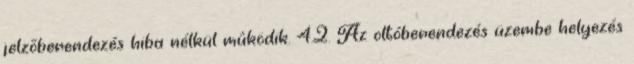
jelzõberendezés hiba nélkül mûködik. 4.2. Az oltóberendezés üzembe helyezés